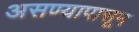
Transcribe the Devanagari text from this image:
असण्यापासून